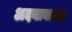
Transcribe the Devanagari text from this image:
अदयायावत